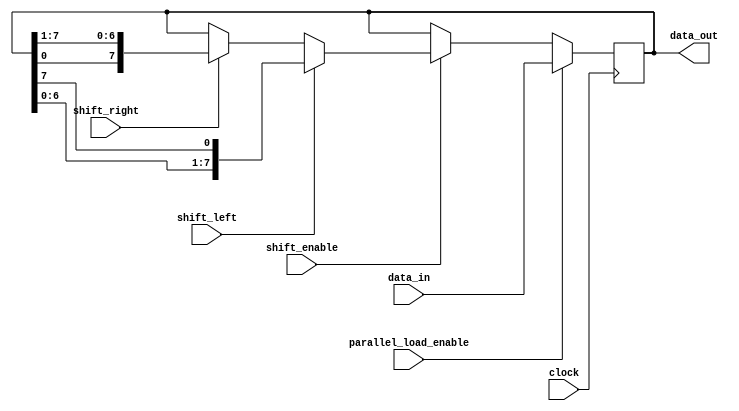
module universal_shift_register (
    input [7:0] data_in,
    input shift_left,
    input shift_right,
    input shift_enable,
    input parallel_load_enable,
    input clock,
    output reg [7:0] data_out
);

reg [7:0] shift_reg;

always @(posedge clock) begin
    if (parallel_load_enable) begin
        shift_reg <= data_in;
    end else if (shift_enable) begin
        if (shift_left) begin
            shift_reg <= {shift_reg[6:0], shift_reg[7]};
        end else if (shift_right) begin
            shift_reg <= {shift_reg[0], shift_reg[7:1]};
        end
    end
end

assign data_out = shift_reg;

endmodule